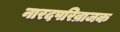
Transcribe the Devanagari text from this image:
नारदपरिव्राजक